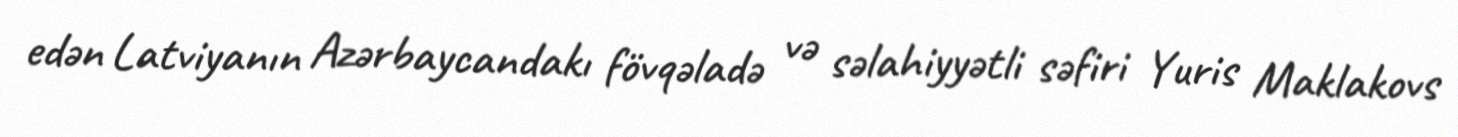
edən Latviyanın Azərbaycandakı fövqəladə və səlahiyyətli səfiri Yuris Maklakovs